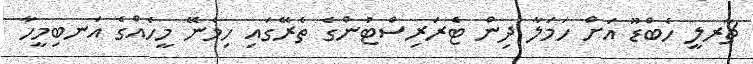
ޗާރލީ ހެބްޑޫ އަށް ހަމަލާ ދިން ޓެރަރިސްޓުންގެ ތެރޭގައި ހިމެނޭ މީހެއްގެ އަނބިމީހާ